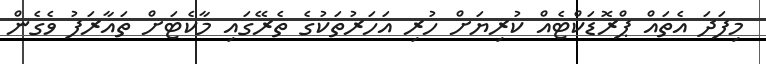
މިފަދަ އެތައް ޕްރޮޑަކްޓެއް ކުރިޔަށް ހުރި އަހަރުތަކުގެ ތެރޭގައި މާކެޓަށް ތައާރަފު ވެގެން